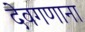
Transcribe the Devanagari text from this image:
देवगणाना